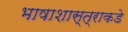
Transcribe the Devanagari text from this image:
भाषाशास्त्राकडे